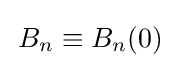
\,B_{n}\equiv B_{n}(0)